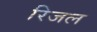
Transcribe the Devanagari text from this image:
रिजल